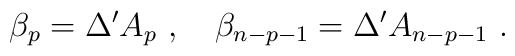
\beta_p = \Delta' A_p\ ,\quad \beta_{n-p-1} = \Delta' A_{n-p-1}\ .